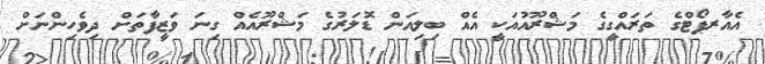
އެއާރޕޯޓްގެ ތަރައްގީގެ މަޝްރޫއުއަކީ އެއް ބިލިއަން ޑޮލަރުގެ މަޝްރޫއެއް ގިނަ ވަޒީފާތަށް ދިވެހިންނަށް